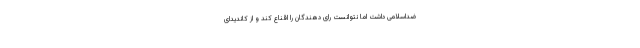
ضداسلامی داشت اما نتوانست رای دهندگان را اقناع کند و از کاندیدای